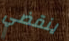
ينقضي